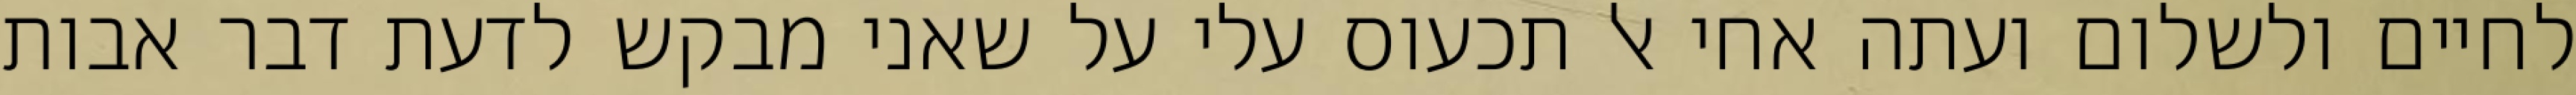
לחיים ולשלום ועתה אחי אל תכעוס עלי על שאני מבקש לדעת דבר אבות